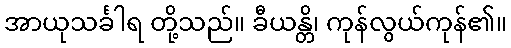
အာယုသင်္ခါရ တို့သည်။ ခီယန္တိ၊ ကုန်လွယ်ကုန်၏။